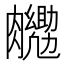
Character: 𮍉